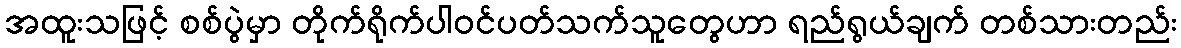
အထူးသဖြင့် စစ်ပွဲမှာ တိုက်ရိုက်ပါဝင်ပတ်သက်သူတွေဟာ ရည်ရွယ်ချက် တစ်သားတည်း